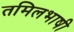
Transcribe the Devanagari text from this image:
तमिलभाषी